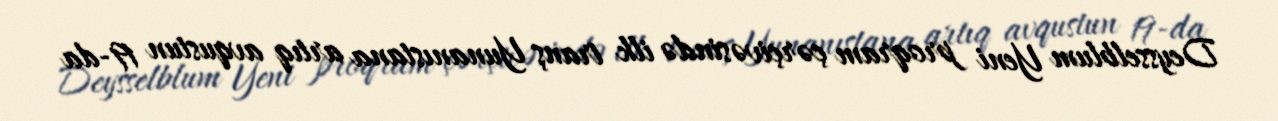
Deysselblum Yeni proqram çərçivəsində ilk tranş Yunanıstana artıq avqustun 19-da